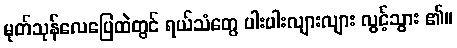
မုတ်သုန်လေပြေထဲတွင် ရယ်သံတွေ ပါးပါးလျားလျား လွင့်သွား ၏။